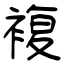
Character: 複